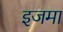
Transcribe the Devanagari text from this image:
इजमा